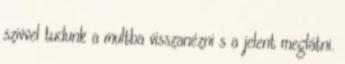
szivvel tudunk a multba visszanézni s a jelent meglátni.